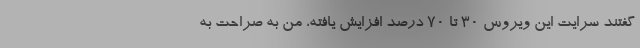
گفتند سرایت این ویروس ۳۰ تا ۷۰ درصد افزایش یافته، من به صراحت به